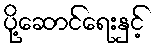
ပို့ဆောင်ရေးနှင့်